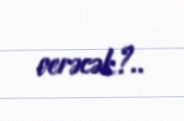
verəcək?..